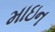
માઇન